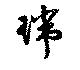
瑞